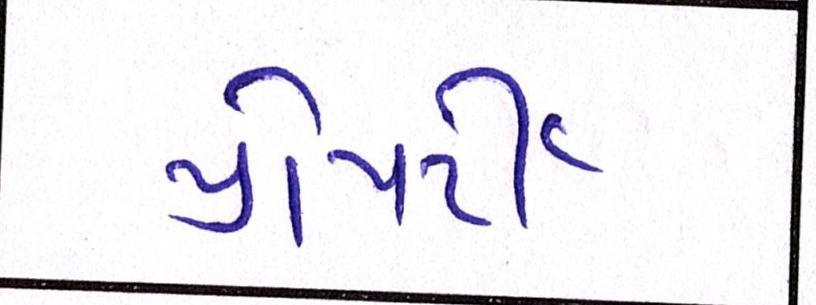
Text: પ્રોપર્ટી